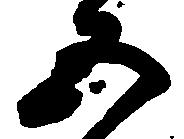
五